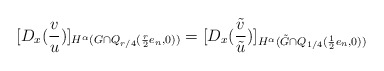
\begin{align*}[D_x (\frac{v}{u})]_{H^{\alpha}( G \cap Q_{r/4}( \frac{r}{2} e_n,0))}= [D_x (\frac{\tilde v}{\tilde u})]_{H^{\alpha}( \tilde G \cap Q_{1/4}( \frac{1}{2} e_n,0))}\end{align*}